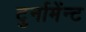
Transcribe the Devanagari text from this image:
टुर्नामेंन्ट